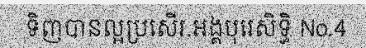
ទិញបានល្អប្រសើរ.អង្គបុរេសិទ្ធិ No.4